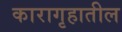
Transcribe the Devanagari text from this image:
कारागृहातील